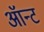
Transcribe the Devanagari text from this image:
ऑन्ट